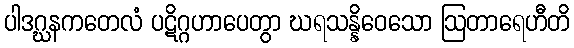
ပါဒဂ္ဃနကတေလံ ပဋိဂ္ဂဟာပေတွာ ဃရသန္နိဝေသော ဩတာရေဟီတိ